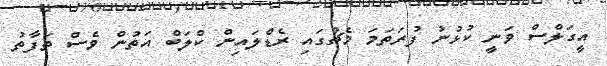
އީގަލްސް ވަނީ ކުޅުނު ފުރަތަމަ މެޗުގައި ރެޑްލައިން ކްލަބް އަތުން ވެސް ތަފާތު